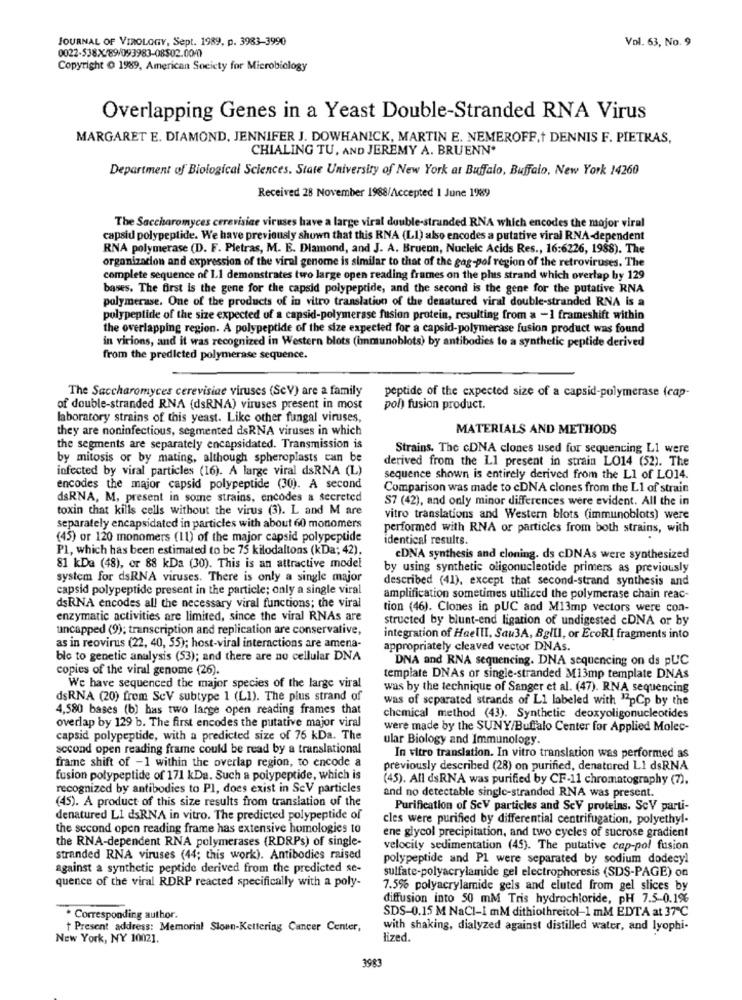
JOURNAL OF VIROLOGY, Sept. 1989, p. 3983-3990
Vol. 63, No. 9
0022-538X/89/093983-08502.0040
Copyright O 1989, American Society for Microbiology
Overlapping Genes in a Yeast Double-Stranded RNA Virus
MARGARET E. DIAMOND, JENNIFER J. DOWHANICK, MARTIN E. NEMEROFF,t DENNIS F. PIETRAS,
CHIALING TU, AND JEREMY A. BRUENN'
Department of Biological Sciences, State University of New York at Buffalo, Buffalo, New York 14260
Received 28 November 1988/Accepted 1 June 1989
The Saccharomyces cerevisice viruses have a large viral double-stranded RNA which encodes the major viral
capsid polypeptide. We have previously shown that this RNA (LI) also encodes a putative viral RNA-dependent
RNA polymerase (D. F. Pletras, M. E. Diamond, and J. A. Bruenn, Nucleic Acids Res ., 16:6226, 1988). The
organizacion and expression of the viral genome is similar to that of the gag-pol region of the retroviruses. The
complete sequence of 1.1 demonstrates two large open reading frames on the plus strand which overlap by 129
bases. The first is the gene for the capsid polypeptide, and the second is the gene for the putative RNA
polymerase. One of the products of in vitro translation of the denatured viral double-stranded RNA is a
polypeptide of the size expected of a capsid-polymerase fusion protein, resulting from a -1 frameshift within
the overlapping region. A polypeptide of the size expected for a capsid-polymerase fusion product was found
in virions, and it was recognized in Western blots (immunoblots) by antibodies to a synthetic peptide derived
from the predicted polymerase sequence.
The Saccharomyces cerevisiae viruses (ScV) are a family
peptide of the expected size of a capsid-polymerase (cap-
of double-stranded RNA (dsRNA) viruses present in most
poh fusion product.
laboratory strains of this yeast. Like other fungal viruses,
they are noninfectious, segmented dsRNA viruses in which
MATERIALS AND METHODS
the segments are separately encapsidated. Transmission is
Strains. The cDNA clones used for sequencing L1 were
by mitosis or by mating, although spheroplasts can be
derived from the Ll present in strain LO14 (52). The
infected by viral particles (16). A large viral dsRNA (L)
sequence shown is entirely derived from the LI of LO14.
encodes the major capsid polypeptide (30). A second
Comparison was made to cDNA clones from the L1 of strain
dsRNA, M, present in some strains, encodes & secreted
S7 (42), and only minor differences were evident. All the in
toxin that kills cells without the virus (3). L and M are
vitro translations and Western blots (immunoblots) were
separately encapsidated in particles with about 60 monomers
performed with RNA or particles from both strains, with
(45) or 120 monomers (11) of the major capsid polypeptide
identical results.
P1, which has been estimated to be 75 kilodaltons (kDa; 42).
EDNA synthesis and cloning. ds cDNAs were synthesized
81 kDa (48), or 88 kDa (30). This is an attractive model
by using synthetic oligonucleotide primers as previously
system for dsRNA viruses. There is only a single major
described (41), except that second-strand synthesis and
capsid polypeptide present in the particle; only a single viral
amplification sometimes utilized the polymerase chain reac-
dsRNA encodes all the necessary viral functions; the viral
tion (46). Clones in pUC and M13mp vectors were con-
enzymatic activities are limited, since the viral RNAs are
structed by blunt-end ligation of undigested cDNA or by
uncapped (9); transcription and replication are conservative,
integration of Haelll, Sau3A, BglIl, or EcoRI fragments into
as in reovirus (22, 40, 55); host-viral interactions are amena-
appropriately cleaved vector DNAs.
bic to genetic analysis (53); and there are no cellular DNA
DNA and RNA sequencing. DNA sequencing on ds pUC
copies of the viral genome (26).
template DNAs or single-stranded M13mp template DNAS
We have sequenced the major species of the large viral
was by the technique of Sanger et al. (47). RNA sequencing
dsRNA (20) from SeV subtype 1 (LI). The plus strand of
was of separated strands of L1 labeled with "pCp by the
4,580 bases (b) has two large open reading frames that
chemical method (43). Synthetic deoxyoligonucleotides
overlap by 129 b. The first encodes the putative major viral
were made by the SUNY/Buffalo Center for Applied Molec-
capsid polypeptide, with a predicted size of 76 kDa. The
ular Biology and Immunology.
second open reading frame could be read by a translational
frame shift of -1 within the overlap region, to encode a
In vitro translation. In vitro translation was performed as
previously described (28) on purified, denatured LI dsRNA
fusion polypeptide of 171 kDa. Such a polypeptide, which is
(45). All dsRNA was purified by CF-11 chromatography (7).
recognized by antibodies to Pl, does exist in SeV particles
(45). A product of this size results from translation of the
and no detectable single-stranded RNA was present.
Purification of SeV particles and ScV proteins. ScV parti-
denatured LI dsRNA in vitro. The predicted polypeptide of
cles were purified by differential centrifugation, polyethyl-
the second open reading frame has extensive homologies to
the RNA-dependent RNA polymerases (RDRPs) of single-
ene glycol precipitation, and two cycles of sucrose gradient
velocity sedimentation (45). The putative cap-pol fusion
stranded RNA viruses (44; this work). Antibodies raised
polypeptide and Pl were separated by sodium dodecyl
against a synthetic peptide derived from the predicted se-
sulfate-polyacrylamide gel electrophoresis (SDS-PAGE) on
quence of the viral RDRP reacted specifically with a poly-
7.5% polyacrylamide gels and eluted from gel slices by
diffusion into 50 mM Tris hydrochloride, pH 7.5-0.1%
SDS-0.15 M NaCI-I mM dithiothreitol-1 mM EDTA at 37℃
. Corresponding author.
+ Present address: Memorial Sloan-Kettering Cancer Center,
with shaking, dialyzed against distilled water, and lyophi-
New York, NY 10021.
lized.
3983